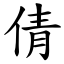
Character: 倩